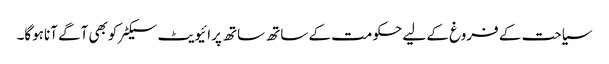
سیاحت کے فروغ کے لیے حکومت کے ساتھ ساتھ پرائیویٹ سیکٹرکوبھی آگے آناہوگا۔